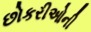
છોકરીઓની